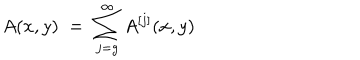
LaTeX: A ( x , y ) \; = \; \sum _ { j = g } ^ { \infty } A ^ { [ j ] } ( x , y )